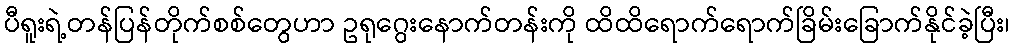
ပီရူးရဲ့တန်ပြန်တိုက်စစ်တွေဟာ ဥရုဂွေးနောက်တန်းကို ထိထိရောက်ရောက်ခြိမ်းခြောက်နိုင်ခဲ့ပြီး၊